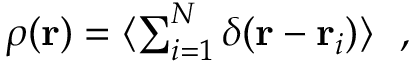
\begin{array} { r } { \rho ( { \bf r } ) = \langle \sum _ { i = 1 } ^ { N } \delta ( { \bf r } - { \bf r } _ { i } ) \rangle ~ ~ , } \end{array}